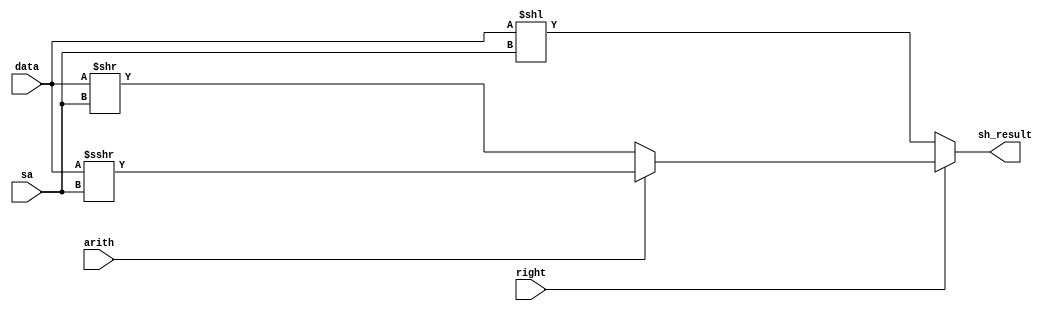
module shifter(
    input wire [31:0] data, // data to shift
    input wire [4:0] sa,    // shift amount
    input wire right,       // boolean to shift right (or left)
    input wire arith,       // boolean for arithmetic shift
    output reg [31:0] sh_result // shift result 
);

    always @(*)
    begin
        if(~right)
            sh_result = data << sa; // if not shift right, shift left 
        else if (~arith)
            sh_result = data >> sa; // if not arithmetic, shift right logical
        else
            sh_result = $signed(data) >>> sa; // else shift arithmetic right
    end

endmodule